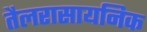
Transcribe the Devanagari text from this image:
तैलरासायनिक